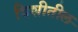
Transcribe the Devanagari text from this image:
विशीतील